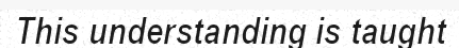
This understanding is taught